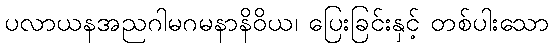
ပလာယနအညဂါမဂမနာနိဝိယ၊ ပြေးခြင်းနှင့် တစ်ပါးသော